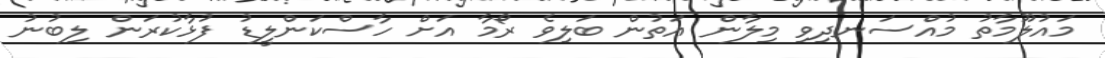
މައުލޫމާތު މުއްސަނދިވި މިލާން އަތުން ބަލިވެ ރޯމާ އަށް ހާސްކަންލީޑު ފުޅާކުރަން ލިބުނު